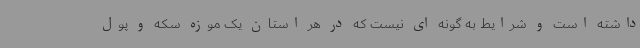
داشته است و شرایط به گونه ای نیست که در هر استان یک موزه سکه و پول